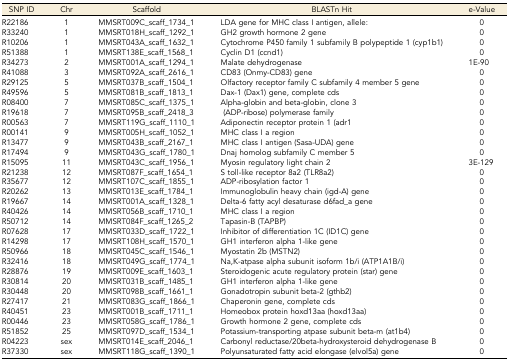
<table><thead><tr><td><b>SNP ID</b></td><td><b>Chr</b></td><td><b>Scaffold</b></td><td><b>BLASTn Hit</b></td><td><b>e-Value</b></td></tr></thead><tbody><tr><td>R22186</td><td>1</td><td>MMSRT009C_scaff_1734_1</td><td>LDA gene for MHC class I antigen, allele:</td><td>0</td></tr><tr><td>R33240</td><td>1</td><td>MMSRT018H_scaff_1292_1</td><td>GH2 growth hormone 2 gene</td><td>0</td></tr><tr><td>R10206</td><td>1</td><td>MMSRT043A_scaff_1632_1</td><td>Cytochrome P450 family 1 subfamily B polypeptide 1 (cyp1b1)</td><td>0</td></tr><tr><td>R51388</td><td>1</td><td>MMSRT138E_scaff_1568_1</td><td>Cyclin D1 (ccnd1)</td><td>0</td></tr><tr><td>R34273</td><td>2</td><td>MMSRT001A_scaff_1294_1</td><td>Malate dehydrogenase</td><td>1E-90</td></tr><tr><td>R41088</td><td>3</td><td>MMSRT092A_scaff_2616_1</td><td>CD83 (Onmy-CD83) gene</td><td>0</td></tr><tr><td>R29125</td><td>5</td><td>MMSRT037B_scaff_1504_1</td><td>Olfactory receptor family C subfamily 4 member 5 gene</td><td>0</td></tr><tr><td>R49596</td><td>5</td><td>MMSRT081B_scaff_1813_1</td><td>Dax-1 (Dax1) gene, complete cds</td><td>0</td></tr><tr><td>R08400</td><td>7</td><td>MMSRT085C_scaff_1375_1</td><td>Alpha-globin and beta-globin, clone 3</td><td>0</td></tr><tr><td>R19618</td><td>7</td><td>MMSRT095B_scaff_2418_3</td><td>(ADP-ribose) polymerase family</td><td>0</td></tr><tr><td>R00563</td><td>7</td><td>MMSRT119G_scaff_1110_1</td><td>Adiponectin receptor protein 1 (adr1</td><td>0</td></tr><tr><td>R00141</td><td>9</td><td>MMSRT005H_scaff_1052_1</td><td>MHC class I a region</td><td>0</td></tr><tr><td>R13477</td><td>9</td><td>MMSRT043B_scaff_2167_1</td><td>MHC class I antigen (Sasa-UDA) gene</td><td>0</td></tr><tr><td>R17494</td><td>9</td><td>MMSRT043G_scaff_1780_1</td><td>Dnaj homolog subfamily C member 5</td><td>0</td></tr><tr><td>R15095</td><td>11</td><td>MMSRT043C_scaff_1956_1</td><td>Myosin regulatory light chain 2</td><td>3E-129</td></tr><tr><td>R21238</td><td>12</td><td>MMSRT087F_scaff_1654_1</td><td>S toll-like receptor 8a2 (TLR8a2)</td><td>0</td></tr><tr><td>R35677</td><td>12</td><td>MMSRT107C_scaff_1855_1</td><td>ADP-ribosylation factor 1</td><td>0</td></tr><tr><td>R20262</td><td>13</td><td>MMSRT013E_scaff_1784_1</td><td>Immunoglobulin heavy chain (igd-A) gene</td><td>0</td></tr><tr><td>R19667</td><td>14</td><td>MMSRT001A_scaff_1328_1</td><td>Delta-6 fatty acyl desaturase d6fad_a gene</td><td>0</td></tr><tr><td>R40426</td><td>14</td><td>MMSRT056B_scaff_1710_1</td><td>MHC class I a region</td><td>0</td></tr><tr><td>R50712</td><td>14</td><td>MMSRT084F_scaff_1265_2</td><td>Tapasin-B (TAPBP)</td><td>0</td></tr><tr><td>R07628</td><td>17</td><td>MMSRT033D_scaff_1722_1</td><td>Inhibitor of differentiation 1C (ID1C) gene</td><td>0</td></tr><tr><td>R14298</td><td>17</td><td>MMSRT108H_scaff_1570_1</td><td>GH1 interferon alpha 1-like gene</td><td>0</td></tr><tr><td>R50966</td><td>18</td><td>MMSRT045C_scaff_1546_1</td><td>Myostatin 2b (MSTN2)</td><td>0</td></tr><tr><td>R32416</td><td>18</td><td>MMSRT049G_scaff_1774_1</td><td>Na,K-atpase alpha subunit isoform 1b/i (ATP1A1B/i)</td><td>0</td></tr><tr><td>R28876</td><td>19</td><td>MMSRT009E_scaff_1603_1</td><td>Steroidogenic acute regulatory protein (star) gene</td><td>0</td></tr><tr><td>R30814</td><td>20</td><td>MMSRT031B_scaff_1485_1</td><td>GH1 interferon alpha 1-like gene</td><td>0</td></tr><tr><td>R30448</td><td>20</td><td>MMSRT098B_scaff_1661_1</td><td>Gonadotropin subunit beta-2 (gthb2)</td><td>0</td></tr><tr><td>R27417</td><td>21</td><td>MMSRT083G_scaff_1866_1</td><td>Chaperonin gene, complete cds</td><td>0</td></tr><tr><td>R40451</td><td>23</td><td>MMSRT001B_scaff_1711_1</td><td>Homeobox protein hoxd13aa (hoxd13aa)</td><td>0</td></tr><tr><td>R00446</td><td>23</td><td>MMSRT058G_scaff_1786_1</td><td>Growth hormone 2 gene, complete cds</td><td>0</td></tr><tr><td>R51852</td><td>25</td><td>MMSRT097D_scaff_1534_1</td><td>Potassium-transporting atpase subunit beta-m (at1b4)</td><td>0</td></tr><tr><td>R04223</td><td>sex</td><td>MMSRT014E_scaff_2046_1</td><td>Carbonyl reductase/20beta-hydroxysteroid dehydrogenase B</td><td>0</td></tr><tr><td>R37330</td><td>sex</td><td>MMSRT118G_scaff_1390_1</td><td>Polyunsaturated fatty acid elongase (elvol5a) gene</td><td>0</td></tr></tbody></table>